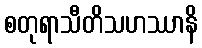
စတုရာသီတိသဟဿာနိ